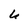
Character: 6